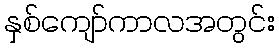
နှစ်ကျော်ကာလအတွင်း